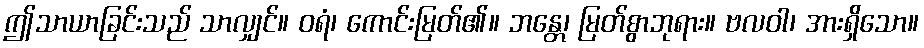
ဤသာယာခြင်းသည် သာလျှင်။ ဝရံ၊ ကောင်းမြတ်၏။ ဘန္တေ၊ မြတ်စွာဘုရား။ ဗလဝါ၊ အားရှိသော။